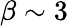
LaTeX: \beta\sim 3